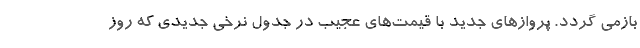
بازمی گردد. پروازهای جدید با قیمت‌های عجیب در جدول نرخی جدیدی که روز